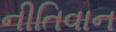
નીતિવાન